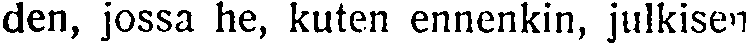
den, jossa he, kuten ennenkin, julkisen